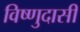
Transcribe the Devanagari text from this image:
विष्णुदासी